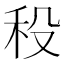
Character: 𥝻